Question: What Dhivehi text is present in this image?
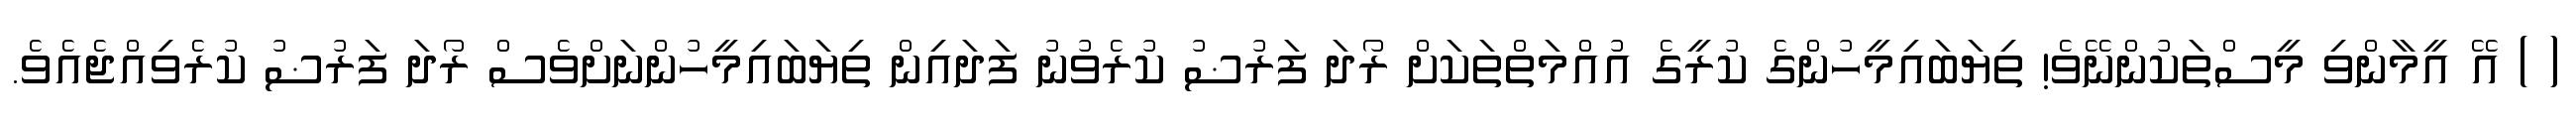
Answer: ( ) އޭ އީމާންވި މީސްތަކުންނޭވެ! ތިޔަބައިމީހުންގެ ކުރީގެ އުއްމަތްތަކަށް ރޯދަ ފަރުޟު ކުރެވުނު ފަދައިން ތިޔަބައިމީހުންނަށްވެސް ރޯދަ ފަރުޟު ކުރެވިއްޖެއެވެ.